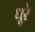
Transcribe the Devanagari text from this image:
धूरे